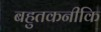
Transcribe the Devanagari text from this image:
बहुतकनीकि